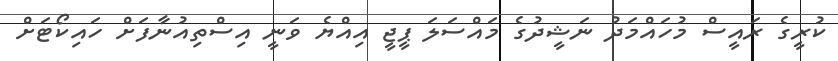
ކުރީގެ ރައީސް މުހައްމަދު ނަޝީދުގެ މައްސަލަ ޕީޖީ އިއްޔެ ވަނީ އިސްތިއުނާފަށް ހައިކޯޓަށް